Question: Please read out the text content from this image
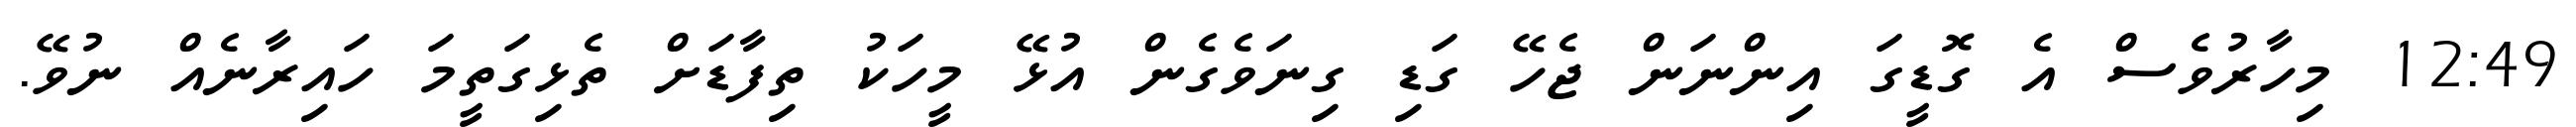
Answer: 12:49 މިހާރުވެސް އެ ގޮޑީގަ އިންނަން ޖެހޭ ގަޑި ގިނަވެގެން އުޅޭ މީހަކު ތިފާޑަށް ތެޅިގަތީމަ ހައިރާނެއް ނުވޭ.